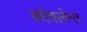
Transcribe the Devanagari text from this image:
कोवलेन्त